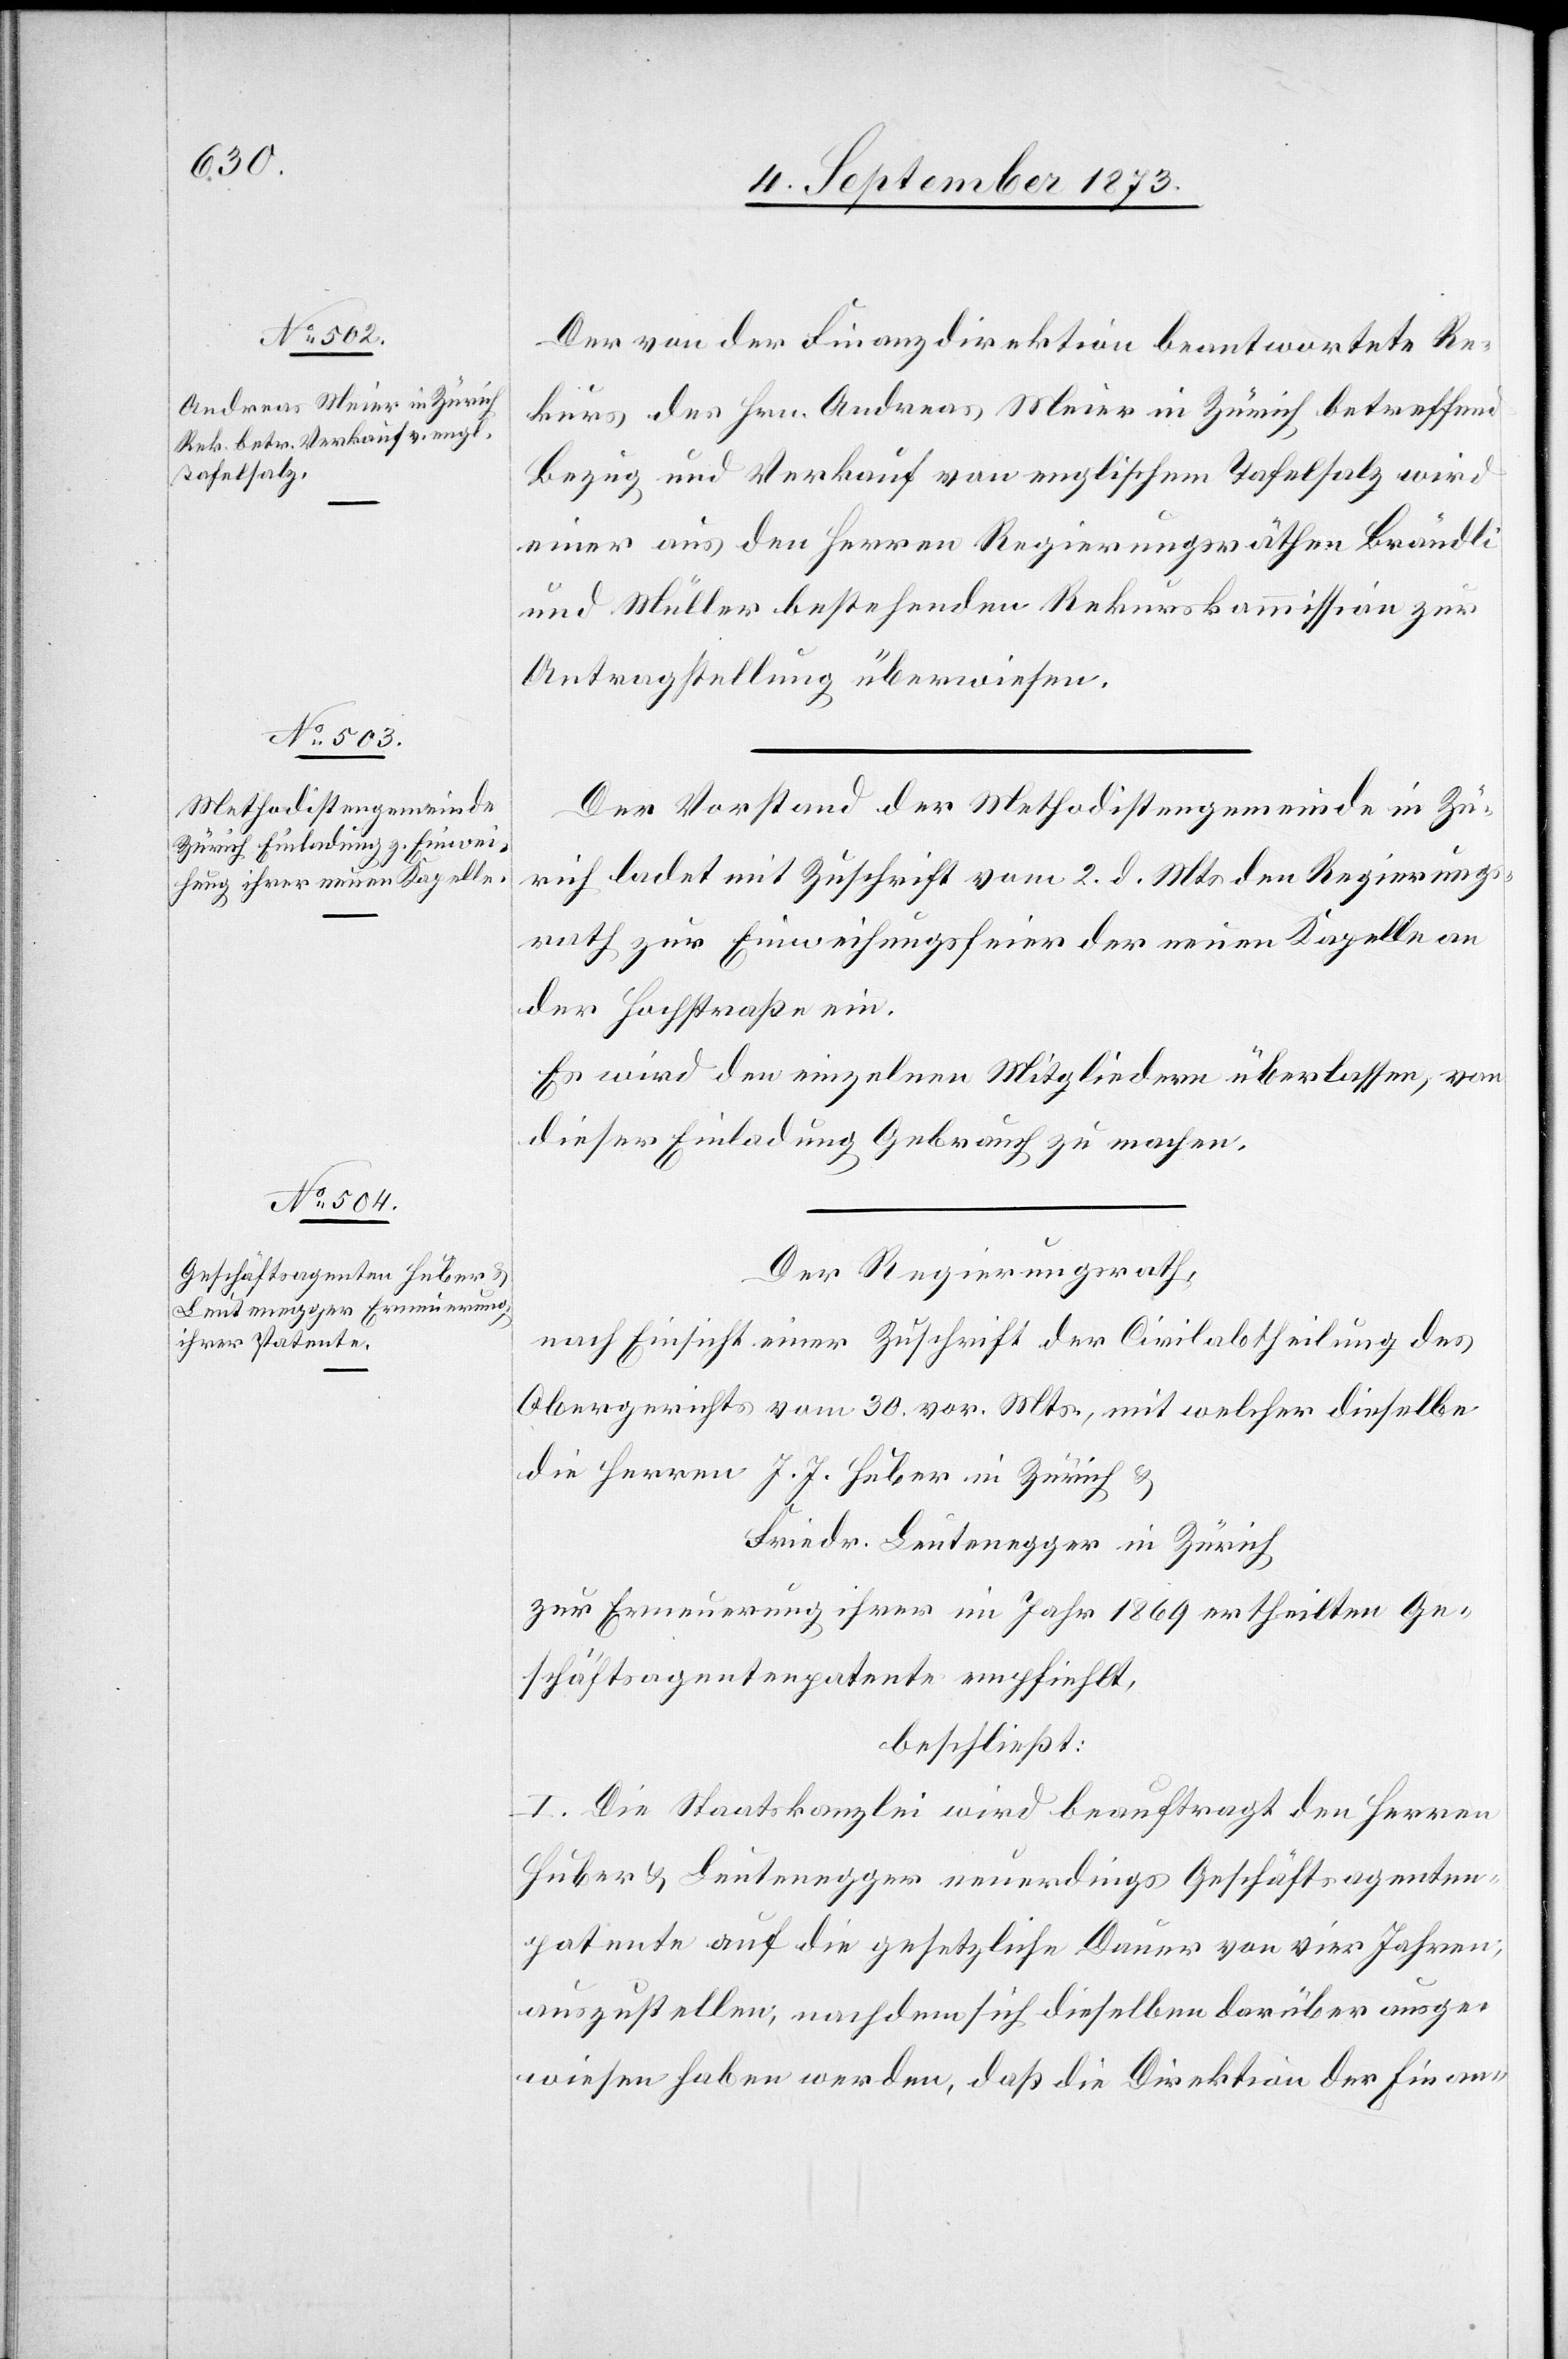
Der von der Finanzdirektion beantwortete Re¬
kurs des Hrn. Andreas Meier in Zürich betreffend
Bezug und Verkauf von englischem Tafelsalz wird
einer aus den Herren Regierungsräthen Brändli
und Müller bestehenden Rekurskommission zur
Antragstellung überwiesen.
Der Vorstand der Methodistengemeinde in Zü¬
rich ladet mit Zuschrift vom 2. d. Mts den Regierungs¬
rath zur Einweihungsfeier der neuen Kapelle an
der Hochstraße ein.
Es wird den einzelnen Mitgliedern überlassen, von
dieser Einladung Gebrauch zu machen.
Der Regierungsrath,
nach Einsicht einer Zuschrift der Civilabtheilung des
Obergerichts vom 30. vor. Mts., mit welcher dieselbe
die Herren J. J. Huber in Zürich &
Friedr. Leutenegger in Zürich
zur Erneuerung ihrer im Jahr 1869 ertheilten Ge¬
schäftsagentenpatente empfiehlt,
beschließt:
I. Die Staatskanzlei wird beauftragt den Herren
Huber & Leutenegger neuerdings Geschäftsagenten¬
patente auf die gesetzliche Dauer von vier Jahren,
auszustellen, nachdem sich dieselben darüber ausge¬
wiesen haben werden, daß die Direktion der Finan-